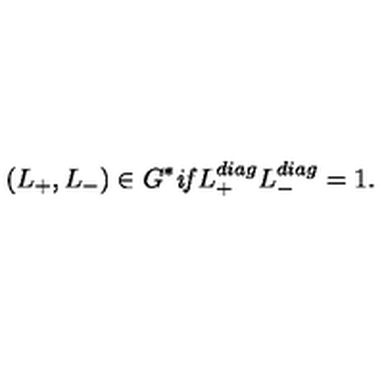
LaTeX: ( L _ { + } , L _ { - } ) \in G ^ { * } \mathrm { \it { i f } } L _ { + } ^ { d i a g } L _ { - } ^ { d i a g } = 1 .